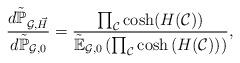
LaTeX: \begin{align*}\frac{d\tilde{\mathbb{P}}_{\mathcal{G},\vec{H}}}{d\tilde{\mathbb{P}}_{\mathcal{G},0}}=\frac{\prod_{\mathcal{C}}\cosh(H(\mathcal{C}))}{\tilde{\mathbb{E}}_{\mathcal{G},0}\left(\prod_{\mathcal{C}}\cosh\left(H(\mathcal{C})\right)\right)},\end{align*}